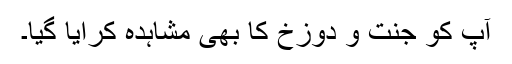
آپؐ کو جنت و دوزخ کا بھی مشاہدہ کرایا گیا۔